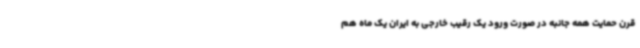
قرن حمایت همه جانبه در صورت ورود یک رقیب خارجی به ایران یک ماه هم